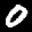
Label: 0